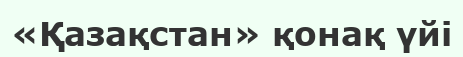
«Қазақстан» қонақ үйі